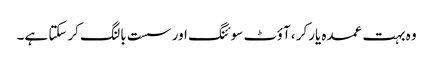
وہ بہت عمدہ یارکر ، آؤٹ سوئنگ اور سست بالنگ کرسکتا ہے۔